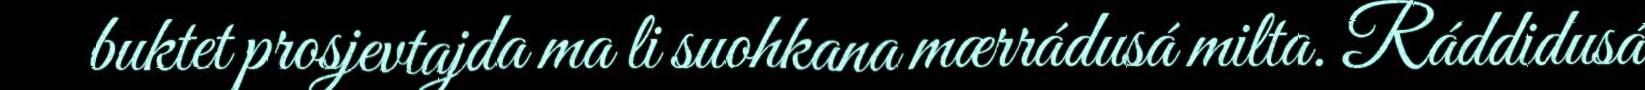
buktet prosjevtajda ma li suohkana mærrádusá milta. Ráddidusá